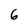
Character: 6